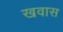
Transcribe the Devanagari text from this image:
खवास